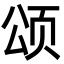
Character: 颂